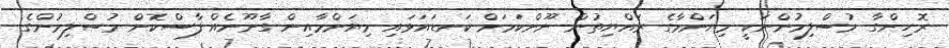
ރޮހިންގާ މުސްލިމުންނަކީ މިޔަންމާގެ ރައްޔިތުން ނޫންކަމަށް ކަނޑައަޅައި މިޔަންމާއިން ގާނޫނެއް ފާސްކޮށް މުސްލިމުންގެ